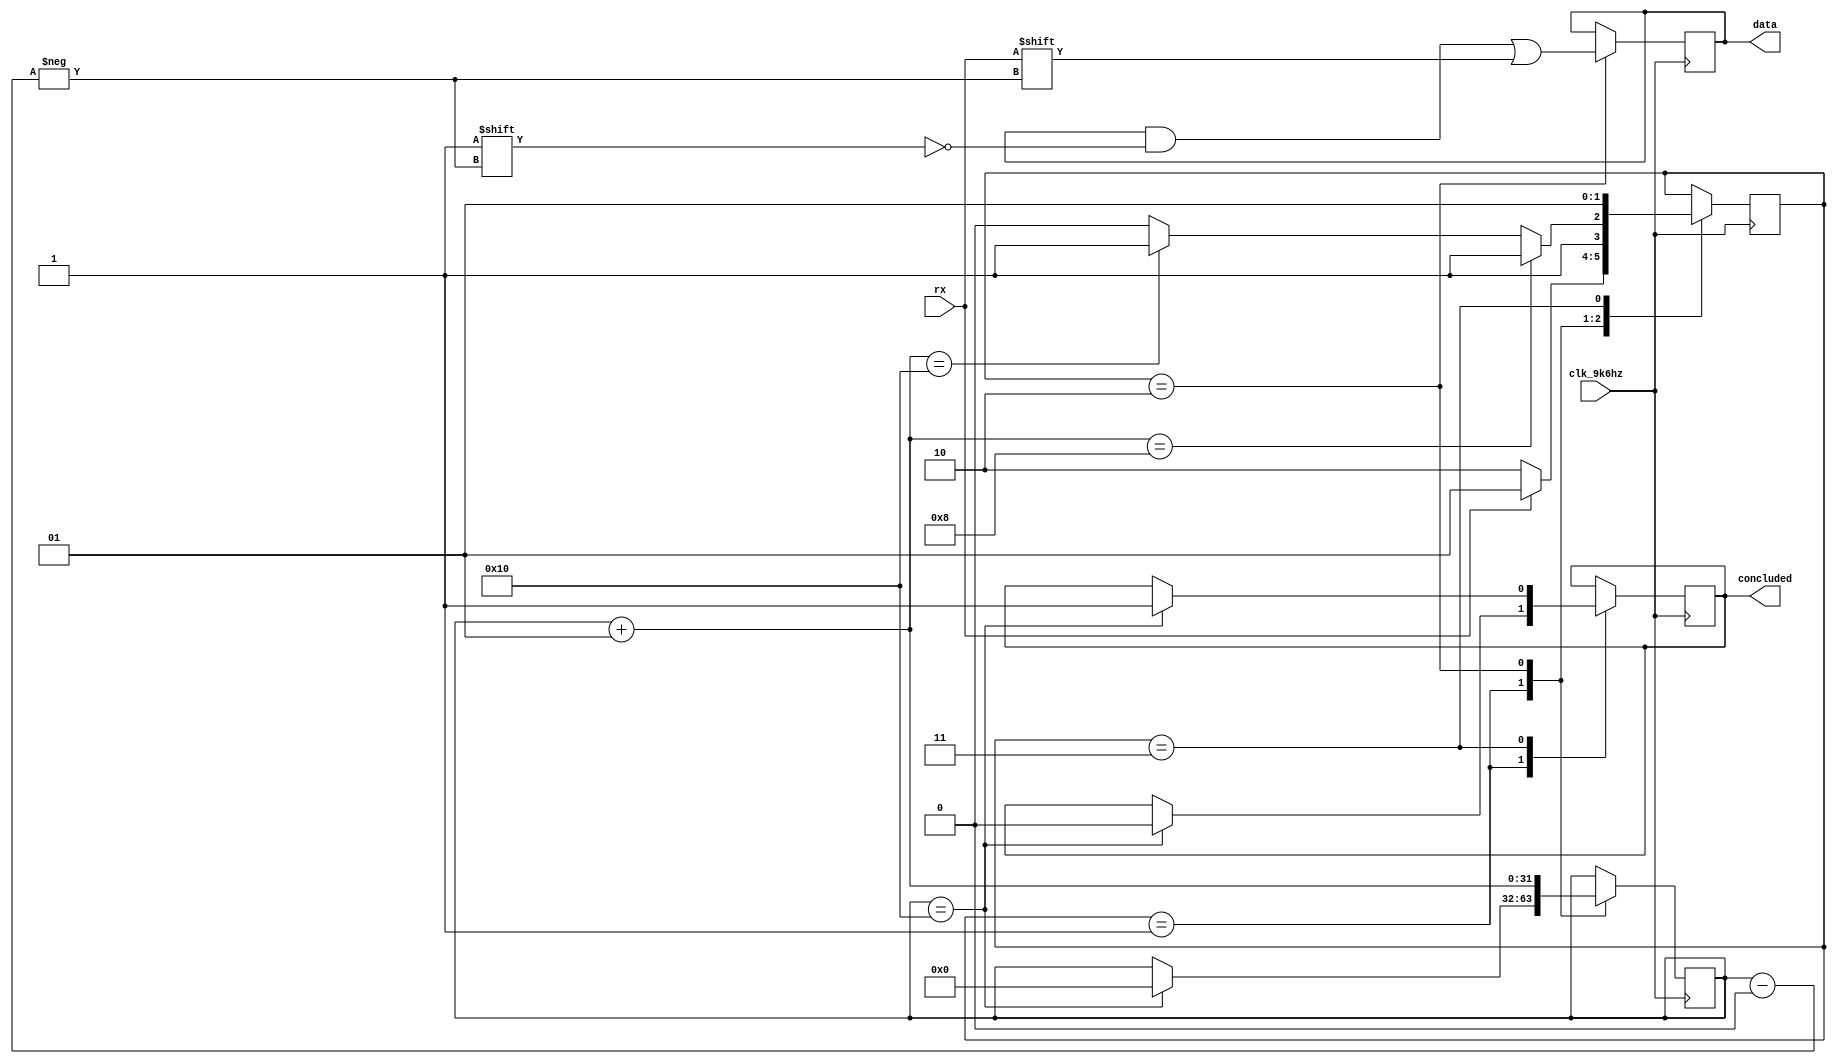
module receptor(clk_9k6hz, rx, data, concluded);

	input clk_9k6hz; // clock
	//input en;// Sinal que, em 1, ir habilitar o processo de recepao.
	input rx;		// sinal vindo do pc	
	
	output reg concluded = 1'b0;// Sinal para informar que recebi 2 bytes
	
	output reg [15:0]data;           //registrador de dados que enviar os dados recebidos para o decodificador
	reg [15:0]buffer;            //buffer temporrio para receber os dados
	
	// Para lgica de estados
	reg [1:0] state;
	//
	parameter START= 2'b01;
	parameter DATA = 2'b10;
	parameter STOP = 2'b11;		 

	integer pos = 0;// Indica qual o bit do array ser transmitidos	
	// S para iniciar em espera
	initial begin
		concluded = 1'b0;
		state <= START;
	end
	
	
	always @ (posedge clk_9k6hz) begin
		case (state)
			// Fica esperando o sinal de start
			START:
				begin
					// Se cheguei aqui, mas ja terminei o 2 byte. Volte a contar do inicio
					if (pos == 16) begin
						pos = 0;
						concluded = 1'b0;
					end
					
					if(rx) begin// Nao recebi o start-bit
						state = START;
					end
					else// Recebi o start-bit
						state = DATA;
				end
			DATA:
				begin
					data[pos] = rx;
					pos = pos + 1;
					if(pos == 8) begin// Acabou a recepo do 1 byte
						state = STOP;
					end
					else if (pos == 16) begin// Acabou a recepo do 2 byte
						state = STOP;
					end
					else begin// Continua no DATA
						//buffer[counter] = rx;
						//counter = counter + 1;		
						state = DATA;
					end	
				end
			STOP:
				begin
					// Se terminei o 2 byte, informo que terminei
					//if (pos == 8) begin
					//	data[7:0] = buffer[7:0];
					//end
					if (pos == 16) begin
						//data[15:0] <= buffer[15:0];// registrador data recebe o buffer que  passado para sada
						concluded = 1'b1; // Informa 
					end
					state = START;
				end
		endcase
	end
	
endmodule